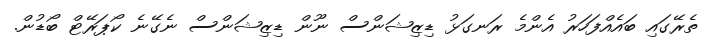
ތެރޭގައި ބައެއްފަހަރު އެންމެ ރަނގަޅު ޑިޒިޝަންސް ނޫން ޑިޒިޝަންސް ނެގޭނެ ކޯޕަރޭޓް ބޯޑުން.